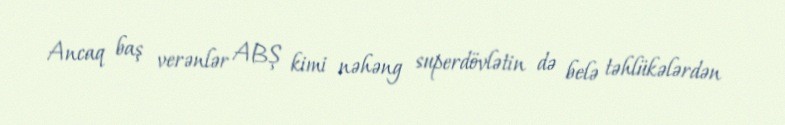
Ancaq baş verənlər ABŞ kimi nəhəng superdövlətin də belə təhlükələrdən